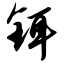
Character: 铒